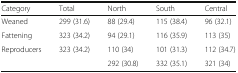
| Category | Total | North | South | Central |
 | --- | --- | --- | --- | --- |
 | Weaned | 299 (31.6) | 88 (29.4) | 115 (38.4) | 96 (32.1) |
 | Fattening | 323 (34.2) | 94 (29.1) | 116 (35.9) | 113 (35) |
 | Reproducers | 323 (34.2) | 110 (34) | 101 (31.3) | 112 (34.7) |
 |  |  | 292 (30.8) | 332 (35.1) | 321 (34) |